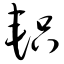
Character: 轵